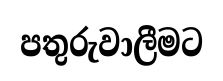
පතුරුවාලීමට